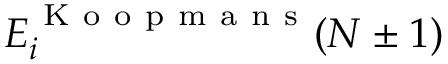
E _ { i } ^ { \mathrm { ~ K ~ o ~ o ~ p ~ m ~ a ~ n ~ s ~ } } ( N \pm 1 )